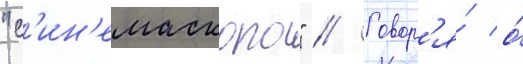
"с'ин'емаскопа" // Говор'я́ о́